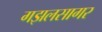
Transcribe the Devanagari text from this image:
गझलसागर